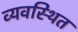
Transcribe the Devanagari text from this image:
व्‍यवस्‍िथत